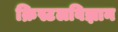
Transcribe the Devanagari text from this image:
क्रिस्टलविज्ञान